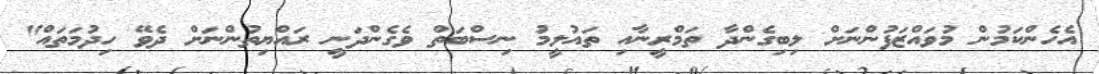
އެހެންކަމުން މުވައްޒަފުންނަށް ލިބިގެންދާ ތަމްރީނާއި ތައުލީމު ނިސްބަތް ވެގެންދަނީ ރައްޔިތުންނަށް ދެވޭ ހިދުމަތައް"